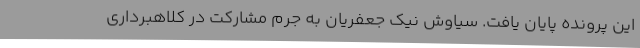
این پرونده پایان یافت. سیاوش نیک جعفریان به جرم مشارکت در کلاهبرداری